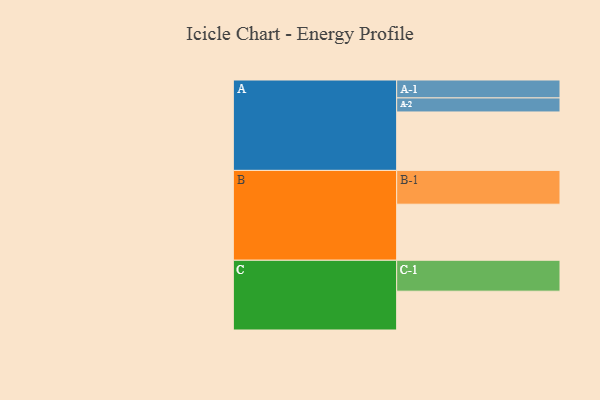
{"axis": {"x": "Segment", "y": "Value"}, "legend": ["", "A", "B", "C"], "data": [{"x": "A", "y": 512, "type": ""}, {"x": "B", "y": 491, "type": ""}, {"x": "C", "y": 340, "type": ""}, {"x": "A-1", "y": 157, "type": "A"}, {"x": "A-2", "y": 123, "type": "A"}, {"x": "B-1", "y": 296, "type": "B"}, {"x": "C-1", "y": 271, "type": "C"}]}